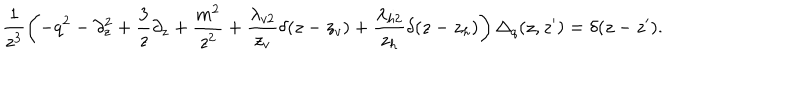
\frac { 1 } { z ^ { 3 } } \left( - q ^ { 2 } - \partial _ { z } ^ { 2 } + \frac { 3 } { z } \partial _ { z } + \frac { m ^ { 2 } } { z ^ { 2 } } + \frac { \lambda _ { v 2 } } { z _ { v } } \delta ( z - z _ { v } ) + \frac { \lambda _ { h 2 } } { z _ { h } } \delta ( z - z _ { h } ) \right) \Delta _ { q } ( z , z ^ { \prime } ) = \delta ( z - z ^ { \prime } ) .